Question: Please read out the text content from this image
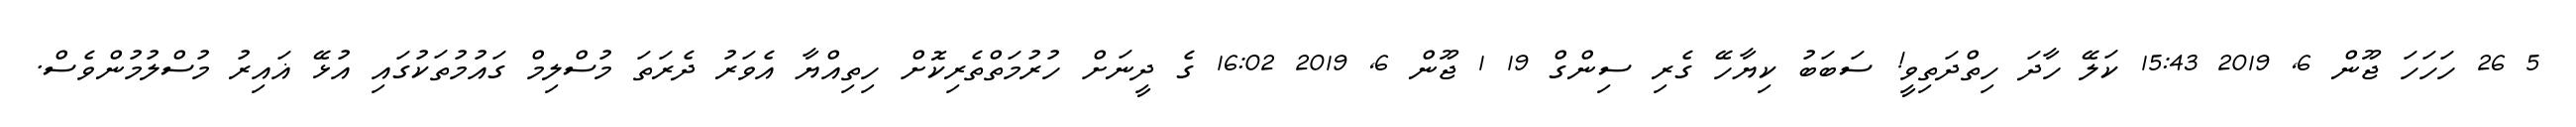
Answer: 5 26 ހަހަހަ ޖޫން 6, 2019 15:43 ކަލޭ ހާދަ ހިތްދަތިވީ! ސަބަބު ކިޔާހޭ ގެރި ސިންގް 19 1 ޖޫން 6, 2019 16:02 ގެ ދީނަށް ހުރުމަތްތެރިކޮށް ހިތިއްޔާ އެވަރު ދެރަތަ މުސްލިމް ގައުމުތަކުގައި އުޅޭ ޣައިރު މުސްލުމުންވެސް.